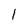
Character: l